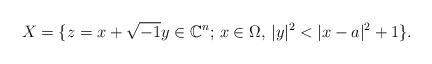
LaTeX: \begin{align*}X =\{z = x+\sqrt{-1}y \in \mathbb{C}^n;\, x \in \Omega,\, |y|^2 < |x-a|^2 + 1\}.\end{align*}